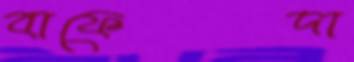
বাফেদা